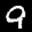
Label: 9